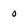
Character: o